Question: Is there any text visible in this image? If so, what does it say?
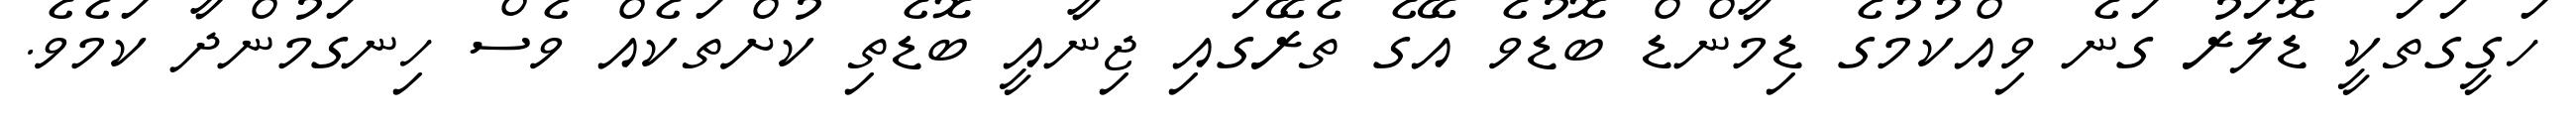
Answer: ހަގީގަތަކީ ޑޮލަރު ގަނެ ވިއްކުމުގެ ޑިމާންޑް ބޮޑުވެ އޭގެ ތެރޭގައި ޖިނާއީ ބޮޑެތި ކުށްތަކެއް ވެސް ހިނގަމުންދާ ކަމެވެ.